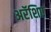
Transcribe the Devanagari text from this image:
अरॅशिए